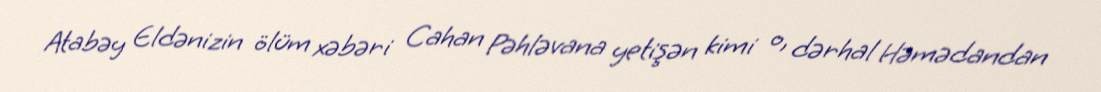
Atabəy Eldənizin ölüm xəbəri Cahan Pəhləvana yetişən kimi o, dərhal Həmədandan